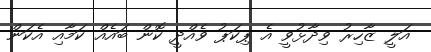
އަލީ ޒާހިރު ވިދާޅުވީ އެ ޕިކަޕު ވެއްދީ ކޮން ބައެއް ކަމާއި އެކަން